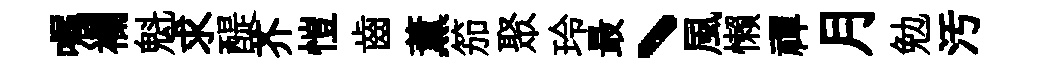
嘱襴魁求醍芥愷齒薫笳聚玲最丶風懒禪月勉汚